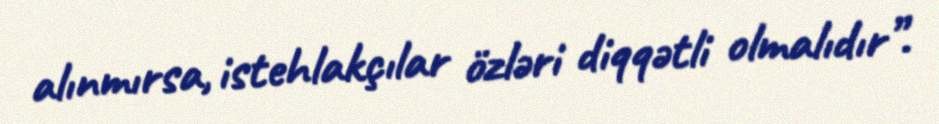
alınmırsa, istehlakçılar özləri diqqətli olmalıdır”.